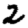
Digit: 2